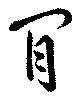
閒